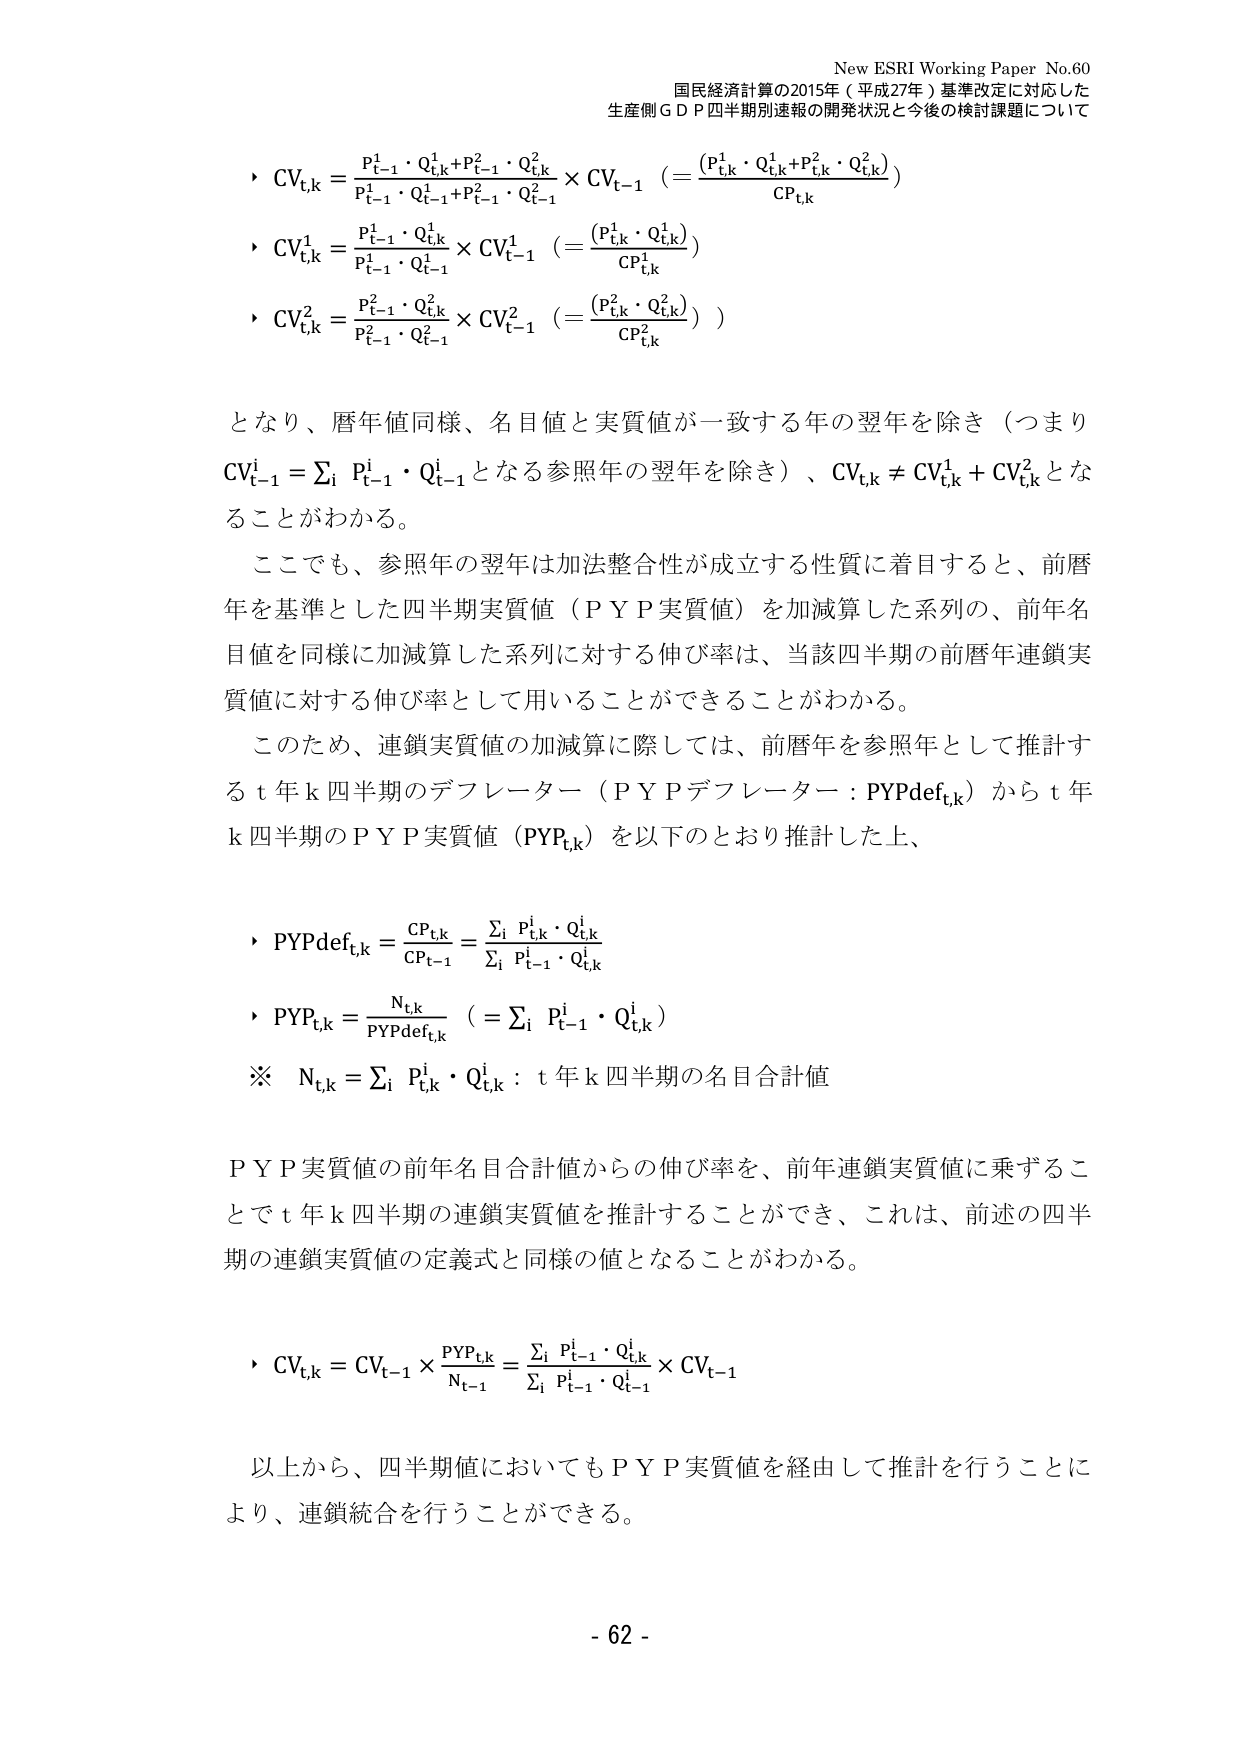
New ESRI Working Paper No.60
国民経済計算の2015年（平成27年）基準改定に対応した
生産側ＧＤＰ四半期別速報の開発状況と今後の検討課題について

・ CV<sub>t,k</sub> = (P<sub>t-1</sub><sup>1</sup>・Q<sub>t,k</sub><sup>1</sup> + P<sub>t-1</sub><sup>2</sup>・Q<sub>t,k</sub><sup>2</sup>) / (P<sub>t-1</sub><sup>1</sup>・Q<sub>t-1</sub><sup>1</sup> + P<sub>t-1</sub><sup>2</sup>・Q<sub>t-1</sub><sup>2</sup>) × CV<sub>t-1</sub>  (= (P<sub>t,k</sub><sup>1</sup>・Q<sub>t,k</sub><sup>1</sup> + P<sub>t,k</sub><sup>2</sup>・Q<sub>t,k</sub><sup>2</sup>) / CP<sub>t,k</sub>)

・ CV<sub>t,k</sub><sup>1</sup> = (P<sub>t-1</sub><sup>1</sup>・Q<sub>t,k</sub><sup>1</sup>) / (P<sub>t-1</sub><sup>1</sup>・Q<sub>t-1</sub><sup>1</sup>) × CV<sub>t-1</sub><sup>1</sup>  (= (P<sub>t,k</sub><sup>1</sup>・Q<sub>t,k</sub><sup>1</sup>) / CP<sub>t,k</sub><sup>1</sup>)

・ CV<sub>t,k</sub><sup>2</sup> = (P<sub>t-1</sub><sup>2</sup>・Q<sub>t,k</sub><sup>2</sup>) / (P<sub>t-1</sub><sup>2</sup>・Q<sub>t-1</sub><sup>2</sup>) × CV<sub>t-1</sub><sup>2</sup>  (= (P<sub>t,k</sub><sup>2</sup>・Q<sub>t,k</sub><sup>2</sup>) / CP<sub>t,k</sub><sup>2</sup>)

となり、暦年値同様、名目値と実質値が一致する年の翌年を除き（つまり CV<sub>t-1</sub><sup>i</sup> = Σ<sub>i</sub> P<sub>t-1</sub><sup>i</sup>・Q<sub>t-1</sub><sup>i</sup> となる参照年の翌年を除き）、CV<sub>t,k</sub> ≠ CV<sub>t,k</sub><sup>1</sup> + CV<sub>t,k</sub><sup>2</sup> となることがわかる。

ここでも、参照年の翌年は加法整合性が成立する性質に着目すると、前暦年を基準とした四半期実質値（ＰＹＰ実質値）を加減算した系列の、前年名目値を同様に加減算した系列に対する伸び率は、当該四半期の前暦年連鎖実質値に対する伸び率として用いることができることがわかる。

このため、連鎖実質値の加減算に際しては、前暦年を参照年として推計する t 年 k 四半期のデフレーター（ＰＹＰデフレーター：PYPdef<sub>t,k</sub>）から t 年 k 四半期のＰＹＰ実質値（PYP<sub>t,k</sub>）を以下のとおり推計した上、

・ PYPdef<sub>t,k</sub> = CP<sub>t,k</sub> / CP<sub>t-1</sub> = Σ<sub>i</sub> P<sub>t,k</sub><sup>i</sup>・Q<sub>t,k</sub><sup>i</sup> / Σ<sub>i</sub> P<sub>t-1</sub><sup>i</sup>・Q<sub>t,k</sub><sup>i</sup>

・ PYP<sub>t,k</sub> = N<sub>t,k</sub> / PYPdef<sub>t,k</sub>  (= Σ<sub>i</sub> P<sub>t-1</sub><sup>i</sup>・Q<sub>t,k</sub><sup>i</sup>)

※ N<sub>t,k</sub> = Σ<sub>i</sub> P<sub>t,k</sub><sup>i</sup>・Q<sub>t,k</sub><sup>i</sup>：t 年 k 四半期の名目合計値

ＰＹＰ実質値の前年名目合計値からの伸び率を、前年連鎖実質値に乗ずることで t 年 k 四半期の連鎖実質値を推計することができ、これは、前述の四半期の連鎖実質値の定義式と同様の値となることがわかる。

・ CV<sub>t,k</sub> = CV<sub>t-1</sub> × PYP<sub>t,k</sub> / N<sub>t-1</sub> = (Σ<sub>i</sub> P<sub>t-1</sub><sup>i</sup>・Q<sub>t,k</sub><sup>i</sup> / Σ<sub>i</sub> P<sub>t-1</sub><sup>i</sup>・Q<sub>t-1</sub><sup>i</sup>) × CV<sub>t-1</sub>

以上から、四半期値においてもＰＹＰ実質値を経由して推計を行うことにより、連鎖統合を行うことができる。

- 62 -